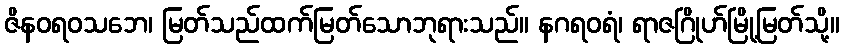
ဇိနဝရဝသဘေ၊ မြတ်သည်ထက်မြတ်သောဘုရားသည်။ နဂရဝရံ၊ ရာဇဂြိုဟ်မြို့မြတ်သို့။